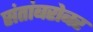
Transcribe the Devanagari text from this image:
संतांबरोबर